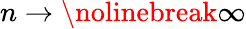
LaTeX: n\rightarrow\nolinebreak\infty